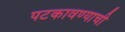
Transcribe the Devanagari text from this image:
पटकावण्याची